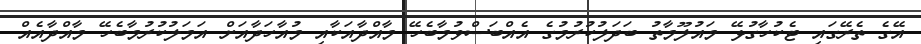
އޭގެ ތެރޭގައި ޓެކުހާގުޅޭ މައުލޫމާތު ބަދަލުކުރުމުގެ އެއްބަސްވުމާބެހޭ މާއްދާއަކާއި މުއާހަދާއަށް އަމަލުކުރުމާބެހޭ މާއްދާއެއް